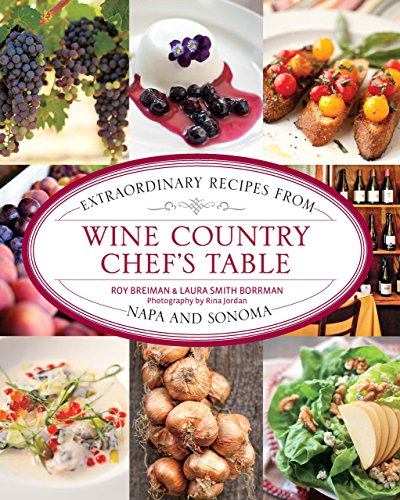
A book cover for Wine Country Chef's Table: Extraordinary Recipes From Napa And Sonoma; Roy Breiman; Cookbooks, Food & Wine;